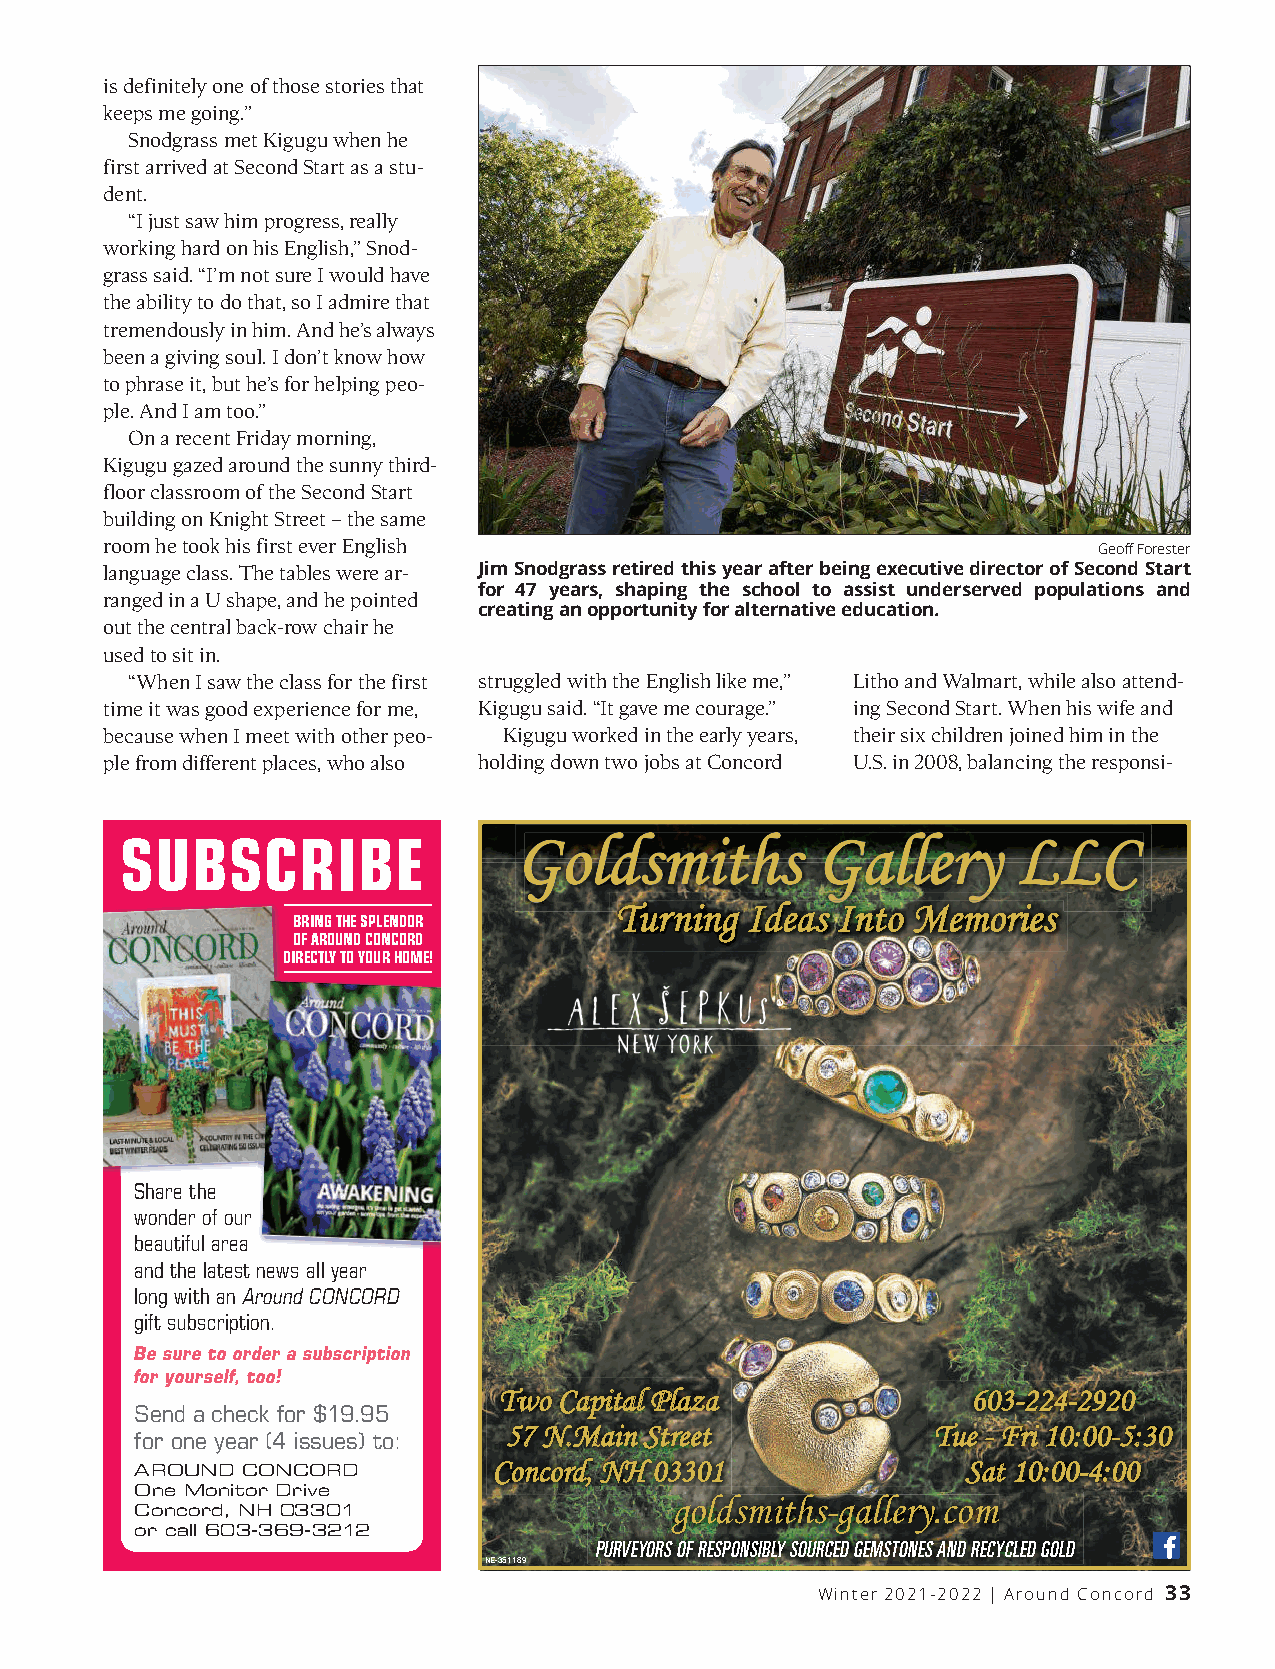
is definitely one of those stories that
 keeps me going.”
 Snodgrass met Kigugu when he
 first arrived at Second Start as a stu-
 dent.
 “I just saw him progress, really
 working hard on his English,”Snod-
 grass said. “I’m not sure I would have
 the ability to do that, so I admire that
 tremendously in him. And he’s always
 been a giving soul. I don’t know how
 to phrase it, but he’s for helping peo-
 ple. And I am too.”
 On a recent Friday morning,
 Kigugu gazed around the sunny third-
 floor classroom of the Second Start
 building on Knight Street –the same
 room he took his first ever English                               Geoff Forester
 language class. The tables were ar- Jim Snodgrass retired this year afterbeing executive director of Second Start
 for 47 years, shaping the school to assist underserved populations and
 ranged in a U shape, and he pointed
 creating an opportunity for alternative education.
 out the central back-row chair he
 used to sit in.
 “When I saw the class for the first struggled with the English like me,” Litho and Walmart, while also attend-
 time it was good experience for me, Kigugu said. “It gave me courage.” ing Second Start. When his wife and
 because when I meet with other peo- Kigugu worked in the early years, their six children joined him in the
 ple from different places, who also holding down two jobs at Concord U.S. in 2008, balancing the responsi-
 Goldsmiths          Gallery      LLC
 SUBSCRIBE
 TTuurrnniinngg IIddeeaass IInnttoo MMeemmoorriieess
 BRINGTHESPLENDOR
 OFAROUNDCONCORD
 DIRECTLYTOYOURHOME!
 Share the
 wonder of our
 beautiful area
 and the latest news all year
 long with an AroundCONCORD
 gift subscription.
 Besuretoorderasubscription
 foryourself,too!
 TTwwoo CCaappiittaall PPllaazzaa 660033--222244--22992200
 Send a check for $19.95
 5577 NN..MMaaiinn SSttrreeeett TTuuee -- FFrrii 1100::0000--55::3300
 for one year (4 issues) to:
 CCoonnccoorrdd,, NNHH 0033330011 SSaatt 1100::0000--44::0000
 AROUND CONCORD
 One Monitor Drive                  gollddsmiths-gallery.com
 Concord, NH 03301
 or call 603-369-3212
 PURVEYORSOFRESPONSIBLYSOURCEDGEMSTONESANDRECYCLEDGOLD
 NE-351189
 Winter 2021-2022 | Around Concord 33